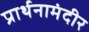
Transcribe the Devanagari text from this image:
प्रार्थनामंदीर